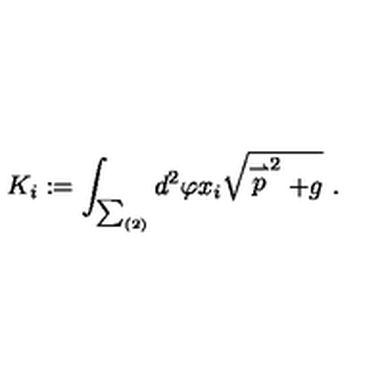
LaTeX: K _ { i } : = \int _ { \sum _ { ( 2 ) } } d ^ { 2 } \varphi x _ { i } \sqrt { \stackrel { \rightharpoonup } { p } ^ { 2 } + g } \ .